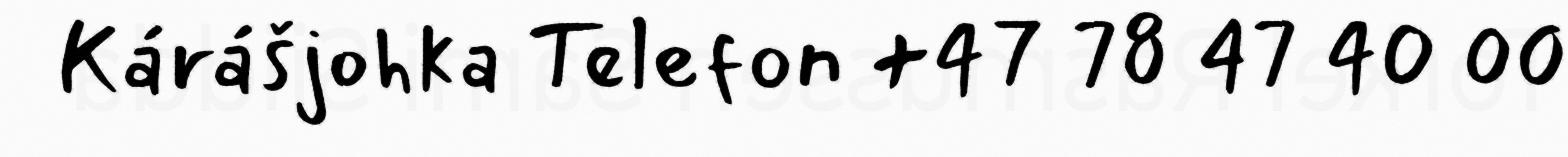
Kárášjohka Telefon +47 78 47 40 00